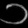
Digit: ၁